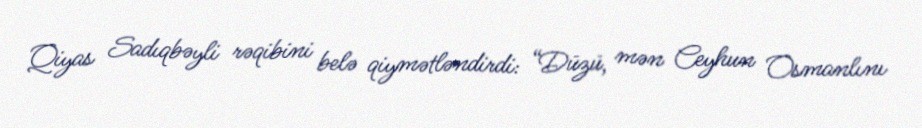
Qiyas Sadıqbəyli rəqibini belə qiymətləndirdi: “Düzü, mən Ceyhun Osmanlını